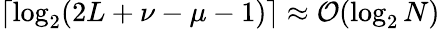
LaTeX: \left\lceil\log_{2}(2L+\nu-\mu-1)\right\rceil\approx\mathcal{O}(\log_{2}N)